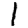
Digit: 1